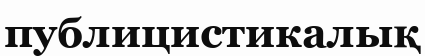
публицистикалық